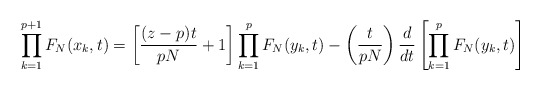
\begin{align*} \prod_{k=1}^{p+1}F_N(x_k,t) = \left[\frac{(z-p)t}{pN}+1\right]\prod_{k=1}^{p}F_N(y_k,t)-\left(\frac{t}{pN}\right)\frac{d}{dt}\left[\prod_{k=1}^{p}F_N(y_k,t)\right] \\\end{align*}